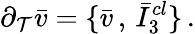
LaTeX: \partial_{\mathcal{T}}\bar{{v}}=\{ \bar{{v}}\, ,\, \bar{{I}}_{3}^{cl}\} \, .